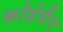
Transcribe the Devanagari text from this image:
कोडेयैन